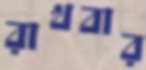
রাখবার